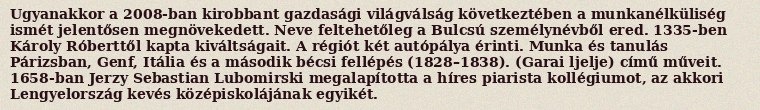
Ugyanakkor a 2008-ban kirobbant gazdasági világválság következtében a munkanélküliség ismét jelentősen megnövekedett. Neve feltehetőleg a Bulcsú személynévből ered. 1335-ben Károly Róberttől kapta kiváltságait. A régiót két autópálya érinti. Munka és tanulás Párizsban, Genf, Itália és a második bécsi fellépés (1828–1838). (Garai ljelje) című műveit. 1658-ban Jerzy Sebastian Lubomirski megalapította a híres piarista kollégiumot, az akkori Lengyelország kevés középiskolájának egyikét.